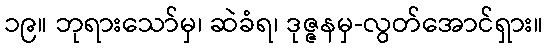
၁၉။ ဘုရားသော်မှ၊ ဆဲခံရ၊ ဒုဇ္ဇနမှ-လွတ်အောင်ရှား။